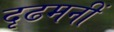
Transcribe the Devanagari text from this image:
दृढमनीं